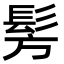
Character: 髣